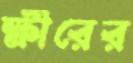
ক্ষীরের